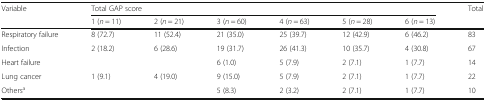
<table><thead><tr><td rowspan="2"><b>Variable</b></td><td colspan="6"><b>Total GAP score</b></td><td rowspan="2"><b>Total</b></td></tr><tr><td><b>1 (<i>n</i> = 11)</b></td><td><b>2 (<i>n</i> = 21)</b></td><td><b>3 (<i>n</i> = 60)</b></td><td><b>4 (<i>n</i> = 63)</b></td><td><b>5 (<i>n</i> = 28)</b></td><td><b>6 (<i>n</i> = 13)</b></td></tr></thead><tbody><tr><td>Respiratory failure</td><td>8 (72.7)</td><td>11 (52.4)</td><td>21 (35.0)</td><td>25 (39.7)</td><td>12 (42.9)</td><td>6 (46.2)</td><td>83</td></tr><tr><td>Infection</td><td>2 (18.2)</td><td>6 (28.6)</td><td>19 (31.7)</td><td>26 (41.3)</td><td>10 (35.7)</td><td>4 (30.8)</td><td>67</td></tr><tr><td>Heart failure</td><td></td><td></td><td>6 (1.0)</td><td>5 (7.9)</td><td>2 (7.1)</td><td>1 (7.7)</td><td>14</td></tr><tr><td>Lung cancer</td><td>1 (9.1)</td><td>4 (19.0)</td><td>9 (15.0)</td><td>5 (7.9)</td><td>2 (7.1)</td><td>1 (7.7)</td><td>22</td></tr><tr><td>Others<sup>a</sup></td><td></td><td></td><td>5 (8.3)</td><td>2 (3.2)</td><td>2 (7.1)</td><td>1 (7.7)</td><td>10</td></tr></tbody></table>